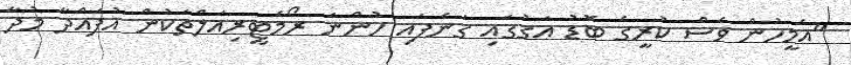
"އެމީހުން ވެސް ކުރީގެ ބޮޑު އަގުގައި ގަނެފައި ހުންނަ ރޯމެޓީރިއަލްތަކުން އުފައްދާ މުދާ